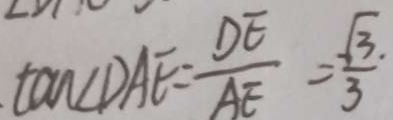
\tan \angle D A E = \frac { D E } { A E } = \frac { \sqrt { 3 } \cdot } { 3 }